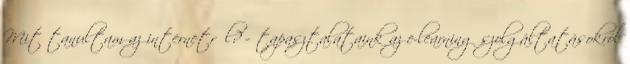
Mit tanultam az internetről? – tapasztalataink az e-learning szolgáltatásokról